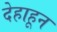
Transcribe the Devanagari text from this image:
देहाहून